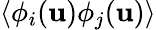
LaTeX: \left<\phi_{i}(\mathbf{u})\phi_{j}(\mathbf{u})\right>